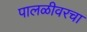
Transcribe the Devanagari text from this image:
पालळीवरचा